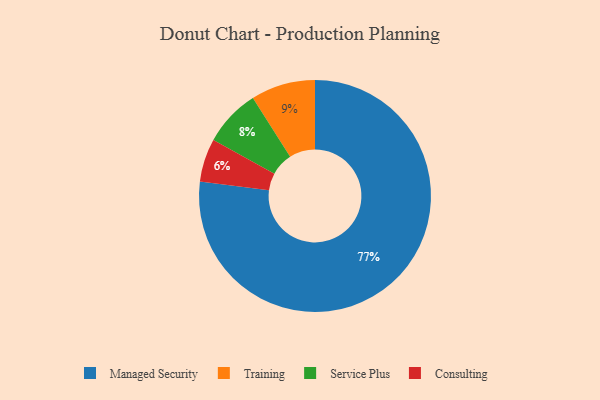
{"axis": {"x": "Category", "y": "Percentage"}, "legend": ["Consulting", "Managed Security", "Service Plus", "Training"], "data": [{"x": "Service Plus", "y": 8, "type": "Service Plus"}, {"x": "Training", "y": 9, "type": "Training"}, {"x": "Consulting", "y": 6, "type": "Consulting"}, {"x": "Managed Security", "y": 77, "type": "Managed Security"}]}